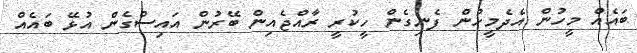
ބައެއް މީހުން އެދެމީހުން ފެނިގެން ހީކުރީ ރާއްޖެއިން ބޭރުން އައިސްގެން އުޅޭ ބައެއް